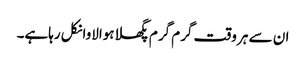
ان سے ہر وقت گرم گرم پگھلاہوالاوانکل رہاہے۔